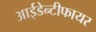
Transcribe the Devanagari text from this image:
आईडेन्टीफायर